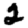
Digit: 2